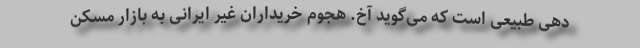
دهی طبیعی است که می‌گوید آخ. هجوم خریداران غیر ایرانی به بازار مسکن